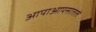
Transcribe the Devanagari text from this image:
आपाआपसातले